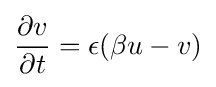
{\partial v \over \partial t}=\epsilon (\beta u-v)